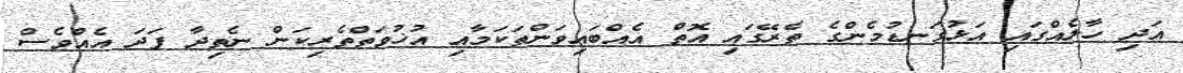
އަދި ހާލެއްގައި އަޅުގަނޑުމެންގެ ތެރޭގައި އޮތް އެއްބައިވަންތަކަމާއި އުޚުވަތްތެރިކަން ނެތިދާ ފަދަ އެއްވެސް